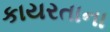
કાયરતાના